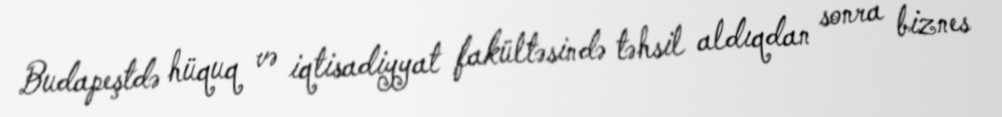
Budapeştdə hüquq və iqtisadiyyat fakültəsində təhsil aldıqdan sonra biznes